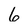
Character: 6